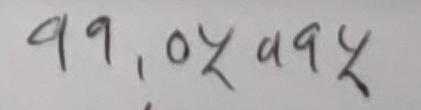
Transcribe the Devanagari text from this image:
९९,०५४७५४